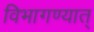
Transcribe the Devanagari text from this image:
विभागण्यात्